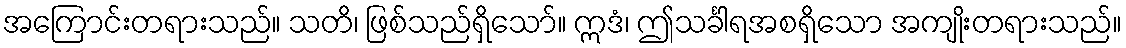
အကြောင်းတရားသည်။ သတိ၊ ဖြစ်သည်ရှိသော်။ ဣဒံ၊ ဤသင်္ခါရအစရှိသော အကျိုးတရားသည်။